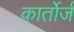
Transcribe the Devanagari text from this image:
कार्तोर्ज